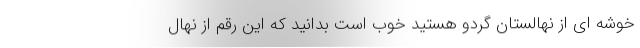
خوشه‌ ای از نهالستان گردو هستید خوب است بدانید که این رقم از نهال